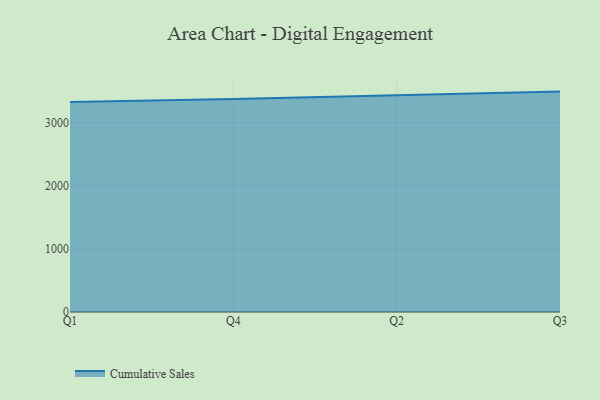
{"axis": {"x": "Quarter", "y": "Tickets Resolved"}, "legend": ["Cumulative Sales"], "data": [{"x": "Q1", "y": 3326.0, "type": "Cumulative Sales"}, {"x": "Q4", "y": 3372.5, "type": "Cumulative Sales"}, {"x": "Q2", "y": 3431.1, "type": "Cumulative Sales"}, {"x": "Q3", "y": 3490.5, "type": "Cumulative Sales"}]}